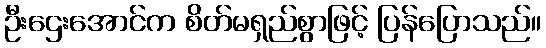
ဦးဌေးအောင်က စိတ်မရှည်စွာဖြင့် ပြန်ပြောသည်။